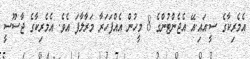
އެމެރިކާގެ ސީ.އައި.އޭ އެޖެންޓުންގެ 8 މީހުން އެއްފަހަރާ މަރާލާފަ އެވެ. އެމެރިކާގެ ޖާސޫސީ